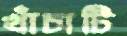
খাঁচাটি